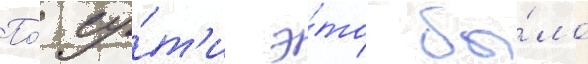
По́ су́т'и э́то бы́ло